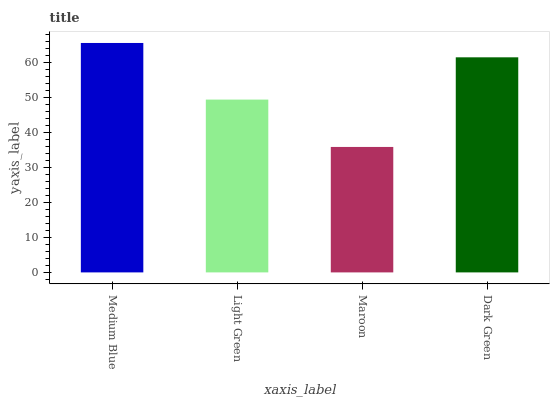
| xaxis_label | bars |
 | --- | --- |
 | Medium Blue | 65.5 |
 | Light Green | 49.4 |
 | Maroon | 35.8 |
 | Dark Green | 61.4 |